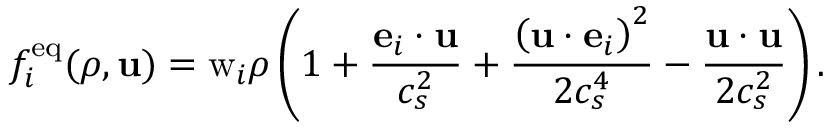
f _ { i } ^ { \mathrm { e q } } ( \rho , \mathbf { u } ) = \mathrm { w } _ { i } \rho \left( 1 + \frac { \mathbf { e } _ { i } \cdot \mathbf { u } } { c _ { s } ^ { 2 } } + \frac { \left( \mathbf { u } \cdot \mathbf { e } _ { i } \right) ^ { 2 } } { 2 c _ { s } ^ { 4 } } - \frac { \mathbf { u } \cdot \mathbf { u } } { 2 c _ { s } ^ { 2 } } \right) .